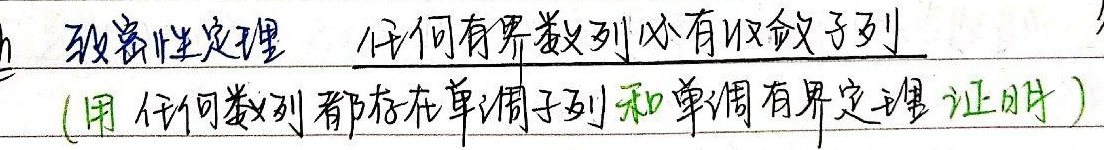
致密性定理 任何有界数列必有收敛子列
(用 任何数列都存在单调子列和单调有界定理 证明 )